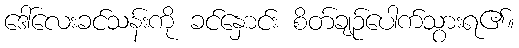
ဒေါ်လေးခင်သန်းကို ခင်နှောင်း စိတ်ချဉ်ပေါက်သွားရ၏။